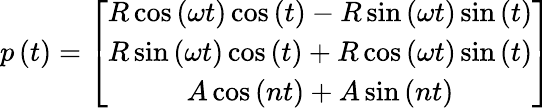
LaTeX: p\left(t\right)=\left[\begin{array}{c}{R\cos\left(\omega t\right)\cos\left(t\right)-R\sin\left(\omega t\right)\sin\left(t\right)}\\ {R\sin\left(\omega t\right)\cos\left(t\right)+R\cos\left(\omega t\right)\sin\left(t\right)}\\ {A\cos\left(nt\right)+A\sin\left(nt\right)}\end{array}\right]